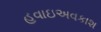
હવાઇઅવકાશ